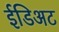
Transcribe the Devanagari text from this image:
ईडिअट